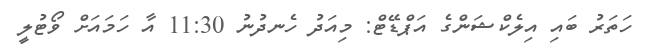
ހަތަރު ބައި އިލެކްޝަންގެ އަޕްޑޭޓް: މިއަދު ހެނދުނު 11:30 އާ ހަމައަށް ވޯޓުލީ